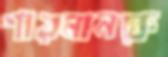
শারমানকে